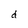
Character: d